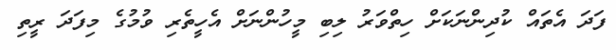
ފަދަ އެތައް ކުދިންނަކަށް ހިތްވަރު ލިބި މީހުންނަށް އެހީތެރި ވުމުގެ މިފަދަ ރީތި